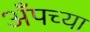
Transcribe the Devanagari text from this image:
अँपच्या